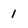
Character: 1